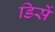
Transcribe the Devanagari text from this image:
डिसें